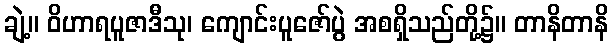
ချဲ့။ ဝိဟာရပူဇာဒီသု၊ ကျောင်းပူဇော်ပွဲ အစရှိသည်တို့၌။ တာနိတာနိ